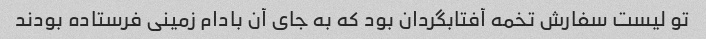
تو لیست سفارش تخمه آفتابگردان بود که به جای آن بادام زمینی فرستاده بودند